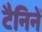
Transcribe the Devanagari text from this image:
टैनिनें